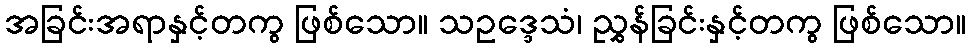
အခြင်းအရာနှင့်တကွ ဖြစ်သော။ သဥဒ္ဒေသံ၊ ညွှန်ခြင်းနှင့်တကွ ဖြစ်သော။